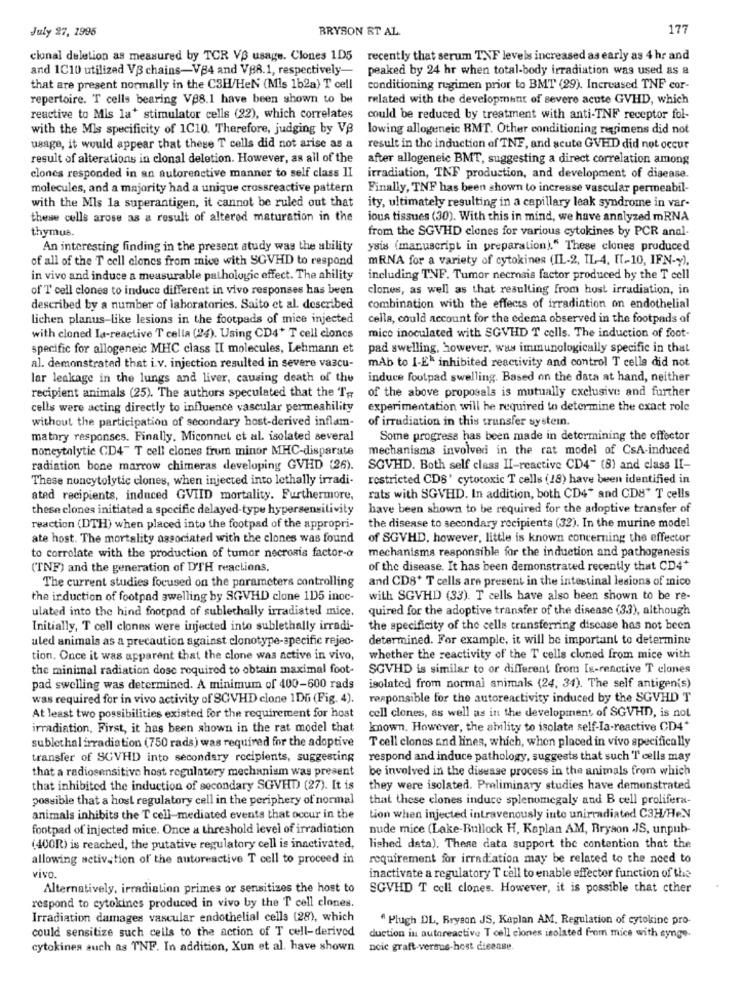
July 27, 1995
BRYSON ET AL.
17
cional deletion as measured by TCR VS usage. Clones 1D5
recently that serum TNF levels increased as early as 4 hr and
and 1C10 utilized VB chains-V84 and VBR.1, respectively-
peaked by 24 hr when total-body irradiation was used as a
that are present normally in the C3H/HeN (Mls 1b2a) T cell
conditioning regimen prior to BMT (29). Increased TNF cor-
repertoire. T cells bearing V88.1 have been shown to be
related with the development of severe acute GVHD, which
reactive to Mis la* stimulator cells (22), which correlates
could be reduced by treatment with anti-TNF receptor fol-
with the Mis specificity of 1C10. Therefore, judging by VB
lowing allogeneic BMT. Other conditioning regimens did not
usage, it would appear that these T cells did not arise as a
result in the induction of TNF, and acute GVHD did not occur
result of alterations in clonal deletion. However, as all of the
after allogeneic BMT, suggesting a direct correlation among
clones responded in an autorenctive manner to self class II
irradiation, TNF production, and development of disease.
molecules, and a majority had a unique crossreactive pattern
Finally, TNF has been shown to increase vascular permeabil-
with the Mls la superantigen, it cannot be ruled out that
ity, ultimately resulting in a capillary leak syndrome in var-
these cells arose as a result of altered maturation in the
ious tissues (30). With this in mind, we have analyzed mRNA
thymus.
from the SGVHD clones for various cytokines by PCR anal-
An interesting finding in the present study was the ability
ysis (manuscript in preparation)." These clones produced
of all of the T cell clones from mice with SGVHD to respond
mRNA for a variety of cytokines (IL-2, IL-4. [[ -- 10, IFN-y),
in vivo and induce a measurable pathologic effect. The ability
including TNF. Tumor necrosis factor produced by the T cell
of T cell clones to induce different in vivo responses has been
clones, as well as that resulting from hust irradiation, in
described by a number of laboratories. Saito et al. described
combination with the effects of irradiation on endothelial
lichen planus-like lesions in the footpads of mice injected
cella, could account for the edema observed in the footpads of
with cloned Ia-reactive T cella (24). Using CD4+ T cell clones
mico inoculated with SGVHD T cells. The induction of foot-
specific for allogeneic MHC class II molecules, Lehmann et
pad swelling, however, was immunologically specific in that
mAb to I-E" inhibited reactivity and control T cells did not
al. demonstrated that i.v. injection resulted in severe vascu-
lar leakage in the lungs and liver, causing death of the
induce foutpad swelling. Based on the data at hand, neither
recipient animals (25). The authors speculated that the Te
of the above proposals is mutually cxelusive and further
cells were acting directly to influence vascular permeability
experimentation will be required to determine the exact role
without the participation of secondary host-derived inflam-
of irradiation in this transfer systemn.
matory responses. Finally, Miconnet et al. isolated several
Some progress has been made in determining the effector
noneytalytic CD4" T cell clones from minor MHC-disparate
mechanisma involved in the rat model of CsA-induced
radiation bone marrow chimeras developing GVHD (26).
SGVHD. Both self class II-reactive CD4" (8) and class II-
These noncytolytic clones, when injected into lethally irradi-
restricted CDS' cytotoxic T cells (18) have been identified in
ated recipients, induced GVIID mortality. Furthermore,
rats with SGVHD. In addition, both CD4" and CD8" T cells
these clones initiated a specific delayed-type hypersensitivity
have been shown to be required for the adoptive transfer of
reaction (DTH) when placed into the footpad of the appropri-
the disease to secondary recipients (32). In the murine model
ate host. The mortality associated with the clones was found
of SGVHD, however, little is known concerning the effector
mechanisms responsible for the induction and pathogenesis
to correlate with the production of tumor necrosis factor-a
(TNF) and the generation of DTH reactions,
of the disease. It has been demonstrated recently that CD4+
The current studies focused on the parameters controlling
and CD8+ T cells are present in the intestinal lesions of mico
the induction of footpad swelling by SGVHD clone 1D5 inoc-
with SGVHD (33). T cells have also been shown to be re-
ulated into the hind footpad of sublechally irradiated mice.
quired for the adoptive transfer of the disease (3.3), although
Initially, T cell clones were injected into sublethally irradi-
the specificity of the cells transferring discase has not been
uled animals as a precaution against clonotype-specific rejec-
determined. For example, it will be important to determine
tion. Once it was apparent that the clone was active in vivo,
whether the reactivity of the T cells cloned from mice with
the minimal radiation dose required to obtain maximal foot-
SGVHD is similar to or different from Is-reactive T clones
pad swelling was determined. A minimum of 400-600 rads
isolated from normal animals (24, 34). The self antigen(s)
was required for in vivo activity of SCVHD clone 1DG (Fig. 4).
responsible for the autoreactivity induced by the SGVHD T
cell clones, as well as in the development of SGVHD, is not
At least two possibilities existed for the requirement for host
irradiation, First, it has been shown in the rat model that
known. However, the ability to isolate self-Ia-reactive CD4+
sublethal irradiation (750 rads) was required for the adoptive
T cell clones and lines, which, when placed in vivo specifically
transfer of SCVHD into secondary recipients, suggesting
respond and induce pathology, suggests that such T cells may
that a radiosensitive host regulatory mechanism was present
be involved in the disease process in the animals from which
that inhibited the induction of secondary SGVHD (27). It is
they were isolated. Preliminary studies have demonstrated
possible that a host regulatory cell in the periphery of normal
that these clones induce splenomegaly and B cell prolifera-
animals inhibits the T cell-mediated events that occur in the
tion when injected intravenously inte unirradiated C3H/He.N
footpad of injected mice. Once a threshold level of irradiation
nude mice (Lake-Bullock H, Kaplan AM, Bryson JS, unpub-
(400R) is reached, the putative regulatory cell is inactivated,
lished data). These data support the contention that the
allowing activation of the autoresctive T cell to proceed in
requirement for irradiation may be related to the need to
vivo.
inactivate a regulatory T cell to enable effector function of the
Alternatively, irradiation primes or sensitizes the host to
SGVHD T cell clones. However, it is possible that cther
respond to cytokines produced in vivo by the T cell clones.
Irradiation damages vascular endothelial cells (28), which
" Plugh DL, Bryson JS, Kaplan AM, Regulation of cytokine pro
could sensitize such cells to the action of T cell-derived
duction in autoreactive T cell ciones isolated from mice with synge-
cytokines such as TNF. In addition, Xun et al. have shown
noic graft-versus-host disense.